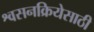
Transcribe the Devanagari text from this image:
श्वसनक्रियेसाठी